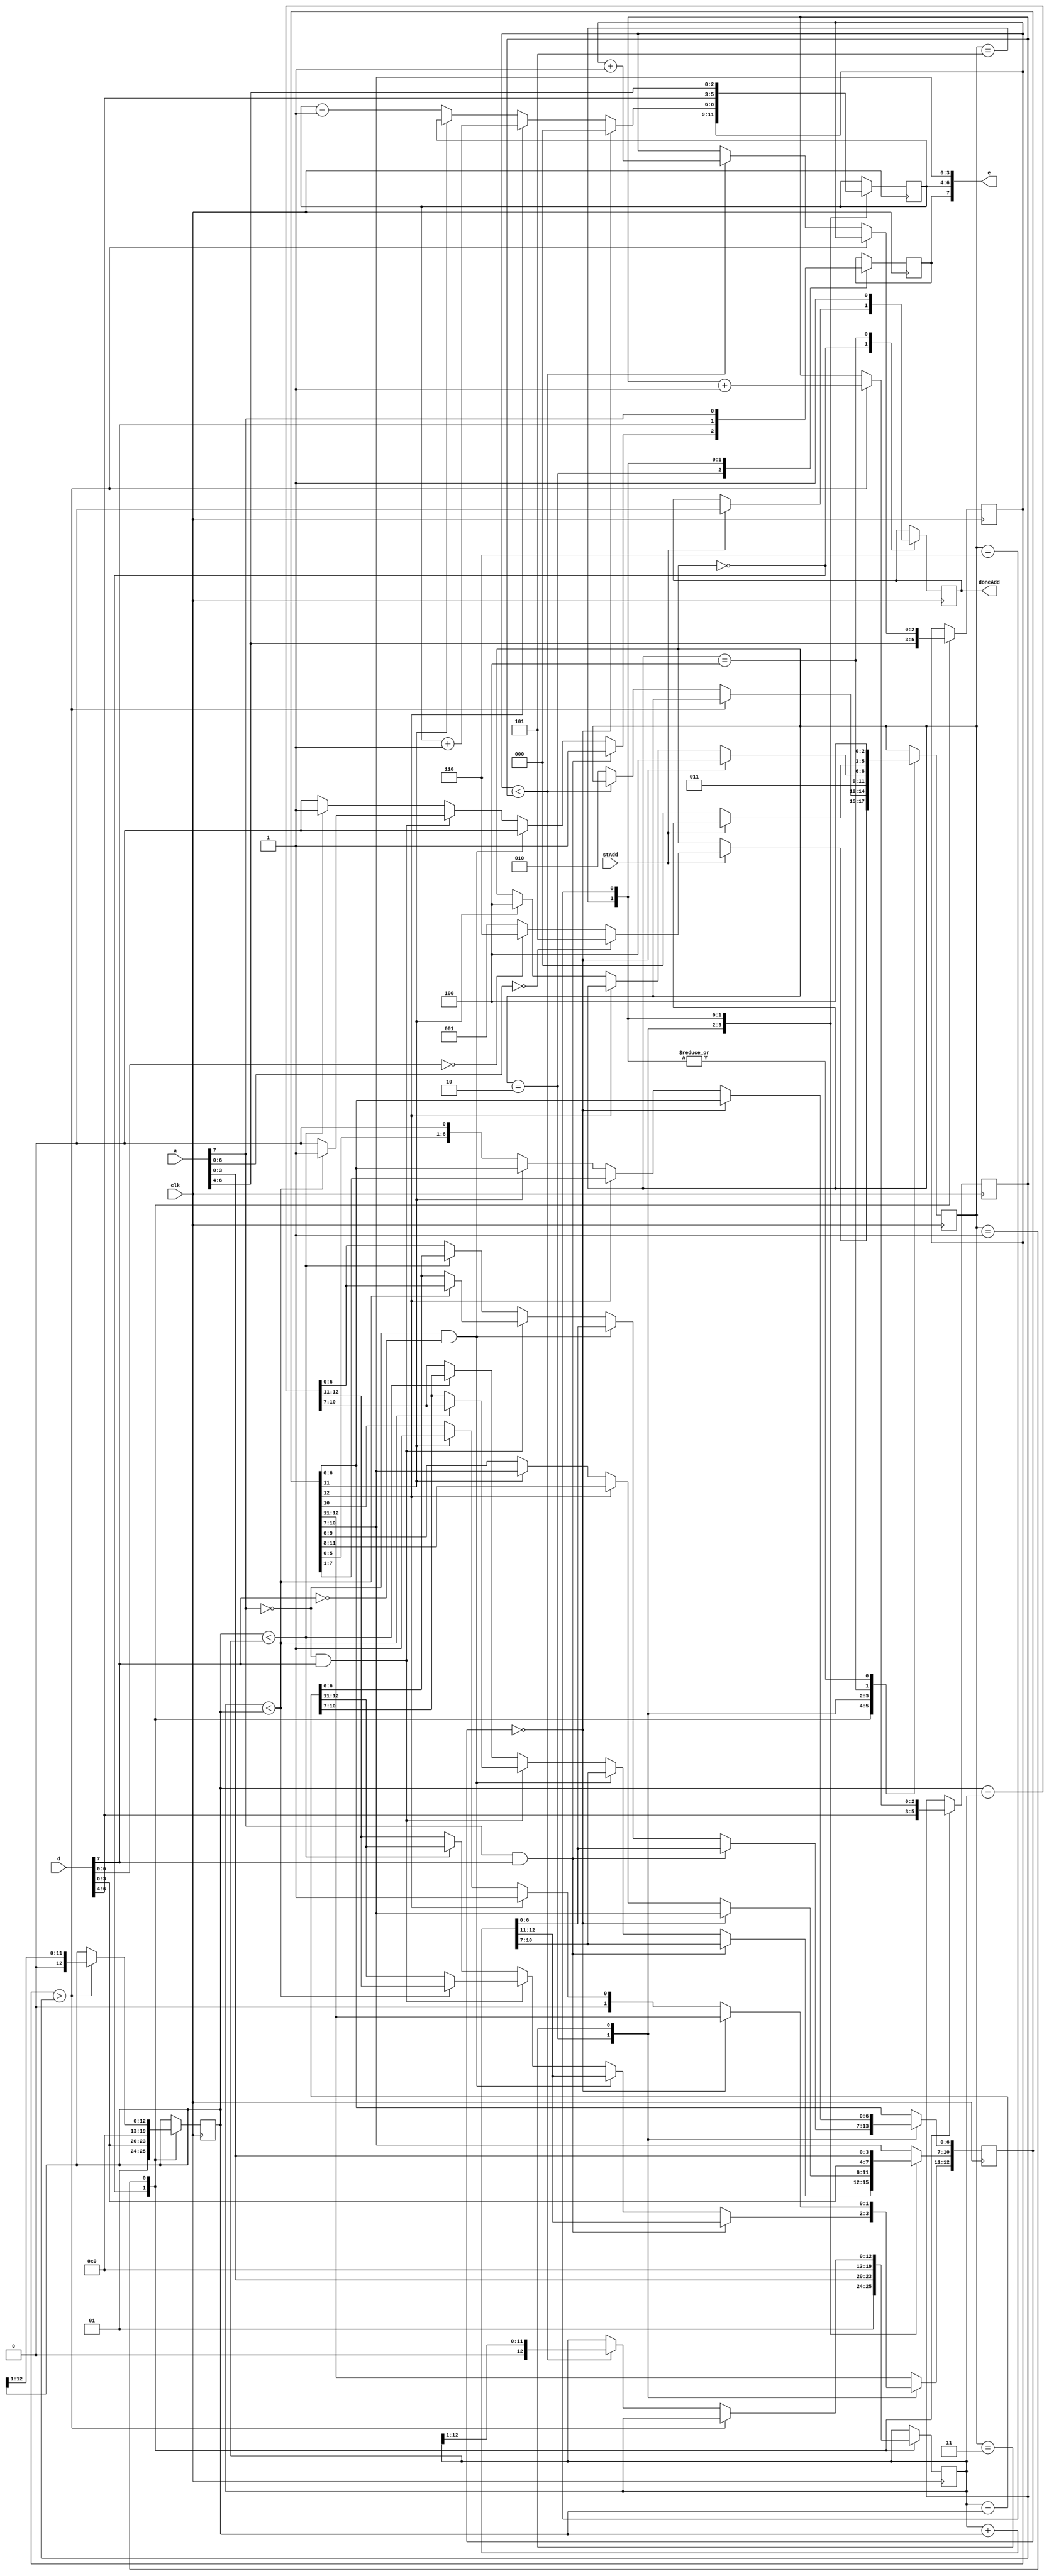
`define BIAS 3

module FP_Adder(clk, stAdd, a, d, e, doneAdd);
input clk, stAdd;
input [7:0] a,d;
output [7:0] e;
output doneAdd;

reg [2:0] Ea, Ed, Ee;
reg [12:0] Fa, Fd, Fe; 
reg [2:0] state=0;
reg Se,doneR;
initial begin
    doneR = 0;
    Ee = 0;
    Fe = 0;
    Se = 0;
end

assign e = {Se, Ee, Fe[10:7]};
assign doneAdd = doneR;
//state machine
// S0 load values into place
// S1 compare exponents to shift fractions and incrament exponets
// S2 add fractions
// done
always@ (posedge clk) begin
    case(state)
        3'd0 : begin
            Ea <= a[6:4];
            Ed <= d[6:4];
            Fa <= {2'b01,a[3:0],7'b0000000};
            Fd <= {2'b01,d[3:0],7'b0000000};
            if (stAdd) begin
                doneR <=0; 
                state <= 3'd1;
                if(a[6:0]==0)
                    state <= 3'd5;
                else begin if(d[6:0]==0)
                    state <= 3'd6;
                end
            end
        end
        3'd1 : begin
            if (Ea > Ed) begin
                Ed <= Ed + 1;
                Fd <= Fd >> 1;
            end
            else begin
                if (Ea < Ed) begin
                    Ea <= Ea + 1;
                    Fa <= Fa >> 1;
                end
                else 
                    state <= 3'd2;
            end
        end
        3'd2 : begin
            Ee <= Ea;
            state <= 3'd3;
            if({a[7] & d[7]}) begin
                    Fe <= Fa+Fd;
                    Se <= 1;
            end 
            else begin
                if({~a[7] & ~d[7]}) begin
                    Fe <= Fa+Fd;
                    Se <= 0;
                end 
                else begin
                    if({~a[7] & d[7]}) begin
                        if(Fa<Fd) begin
                            Fe <= Fd-Fa;
                            Se <= 1;
                        end
                        else begin
                            Fe <= Fa-Fd;
                            Se <= 0;
                        end
                    end
                    else begin
                        if(Fd<Fa) begin
                            Fe <= Fa-Fd;
                            Se <= 1;
                        end
                        else begin
                            Fe <= Fd-Fa;
                            Se <= 0;
                        end
                    end
                end
            end            
        end
        3'd3 : begin
            if (Fe == 0) begin
                Ee <= 0;
                state <= 3'd4;
            end else begin
                if (Fe[12]) begin
                    Ee <= Ee+1;
                    Fe <= Fe >> 1;
                end else begin
                    if(Fe[11] == 0) begin
                        Ee <= Ee-1;
                        Fe <= Fe << 1;
                    end 
                    else
                        state <= 3'd4; 
                end
            end
        end
        3'd4 : begin   
            doneR <=1;
            if (~stAdd)
                state <= 0;
        end
        3'd5 : begin
            Se <= d[7]; Ee <= d[6:4]; Fe[10:7] <= d[3:0];
            state <= 3'd4;
        end
        3'd6 : begin
            Se <= a[7]; Ee <= a[6:4]; Fe[10:7] <= a[3:0];
            state <= 3'd4;
        end
    endcase
end

endmodule



module FP_Multiplier(
    input clk,
    input start,
    input [7:0] multiplicand,
    input [7:0] multiplier,
    output reg [7:0] product,
    output reg done
);

wire [2:0] EXP_multiplicand, EXP_multiplier;
wire [4:0] FRC_multiplicand, FRC_multiplier;
wire S_multiplicand, S_multiplier;
wire sign_product;

assign S_multiplicand = multiplicand[7];
assign S_multiplier = multiplier[7];

assign EXP_multiplicand = multiplicand[6:4];
assign EXP_multiplier = multiplier[6:4];

assign FRC_multiplicand = (multiplicand[6:0] == 0) ? 0:{1'b1,multiplicand[3:0]};
assign FRC_multiplier = (multiplier[6:0] == 0) ? 0:{1'b1,multiplier[3:0]};

assign sign_product = (multiplicand[7]^multiplier[7]);

reg [4:0] EXP_product;
reg [9:0] FRC_product;

reg [2:0] curr_state;

initial begin
    done = 0;
    product = 0;
    EXP_product = 0;
    FRC_product = 0;
    curr_state = 0;
end

always @(posedge clk) begin
    case(curr_state)
        0: begin
            if(start) begin
                curr_state <= 1;
                done <= 0;
            end
            else begin
                curr_state <= 0;
            end
        end
        1: begin
            EXP_product <= EXP_multiplicand+EXP_multiplier - `BIAS;
            FRC_product <= FRC_multiplicand*FRC_multiplier;
            curr_state <= 2;
        end
        2: begin
            if(FRC_product == 0) begin
                EXP_product <= 0;
                curr_state <= 3;
            end
            else begin
                FRC_product <= FRC_product[9:4];
                curr_state <= 4;    //State will shift frac bits until 
            end
        end
        3: begin        //End State
            product <= {sign_product,EXP_product[2:0],FRC_product[3:0]};
            done <= 1;
            curr_state <= 0;
        end
        4: begin
            if(FRC_product >= 32) begin //If fraction is larger than 5 bits long
                FRC_product <= {1'b0,FRC_product[9:1]};
                EXP_product <= EXP_product + 1;
                curr_state <= 4;
            end
            else begin
                if(FRC_product < 16) begin
                    FRC_product <= {FRC_product[8:0],1'b0};
                    EXP_product <= EXP_product - 1;  
                    curr_state <= 4;
                end
                else
                    curr_state <= 3;
            end
        end
    endcase
end

endmodule